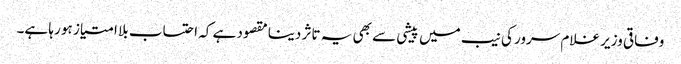
وفاقی وزیر غلام سرور کی نیب میں پیشی سے بھی یہ تاثر دینا مقصود ہے کہ احتساب بلا امتیاز ہو رہا ہے۔